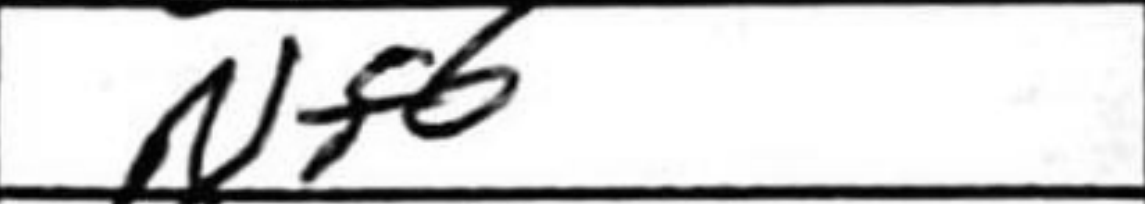
Transcription: Nf6